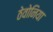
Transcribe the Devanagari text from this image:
ठेवोनिया